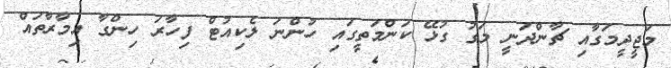
މަޖީދީމަގާއި ޗާންދަނީ މަގު ގުޅޭ ކަންމަތީގައި ހުންނަ ލެކިއުޓް ފިހާރަ ހިންގާ އިމާރާތައް